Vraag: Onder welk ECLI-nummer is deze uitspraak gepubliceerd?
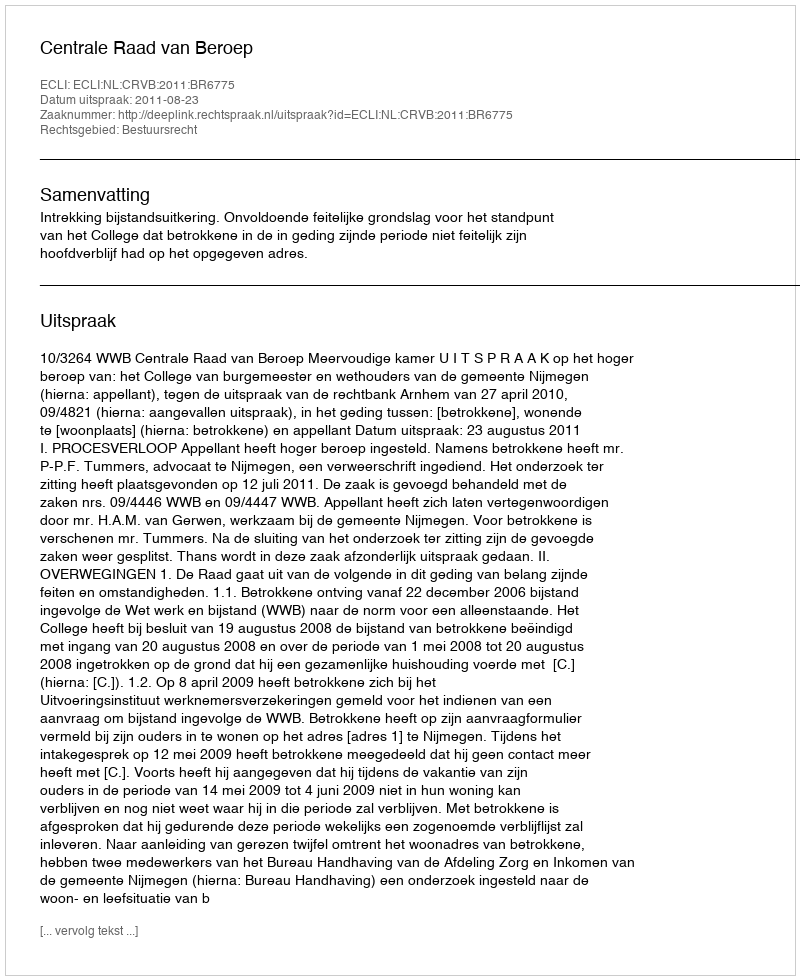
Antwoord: ECLI:NL:CRVB:2011:BR6775